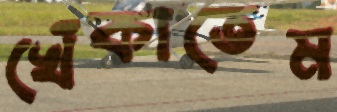
খেঁকাতেম